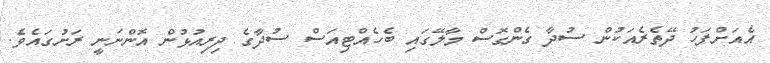
އެއަށްފަހު ދޭތެރެއަކުން ސުދާ ގެންގޮސް މާލޭގައި ބެހެއްޓިއަސް ސުދާގެ ދިރިއުޅުން އޮންނަނީ ރަށުގައެވެ.